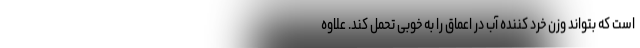
است که بتواند وزن خرد کننده آب در اعماق را به خوبی تحمل کند. علاوه